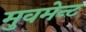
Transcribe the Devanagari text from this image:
मुवमेन्ट